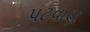
પટવાણ